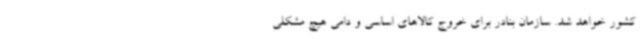
کشور خواهد شد. سازمان بنادر برای خروج کالاهای اساسی و دامی هیچ مشکلی